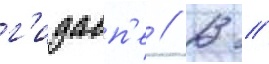
г'идасп'е // В //